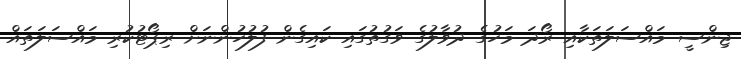
ޖިންސީ މައްސަލަތަކާއި ރޯދަ މަހުގެ ދުވާލުގެ ވަގުތުގައި ކައިގެން ފުލުހުންނަށް ރިޕޯޓުކުރި މައްސަލަތައް